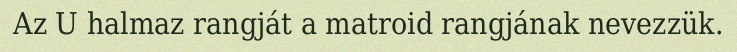
Az U halmaz rangját a matroid rangjának nevezzük.